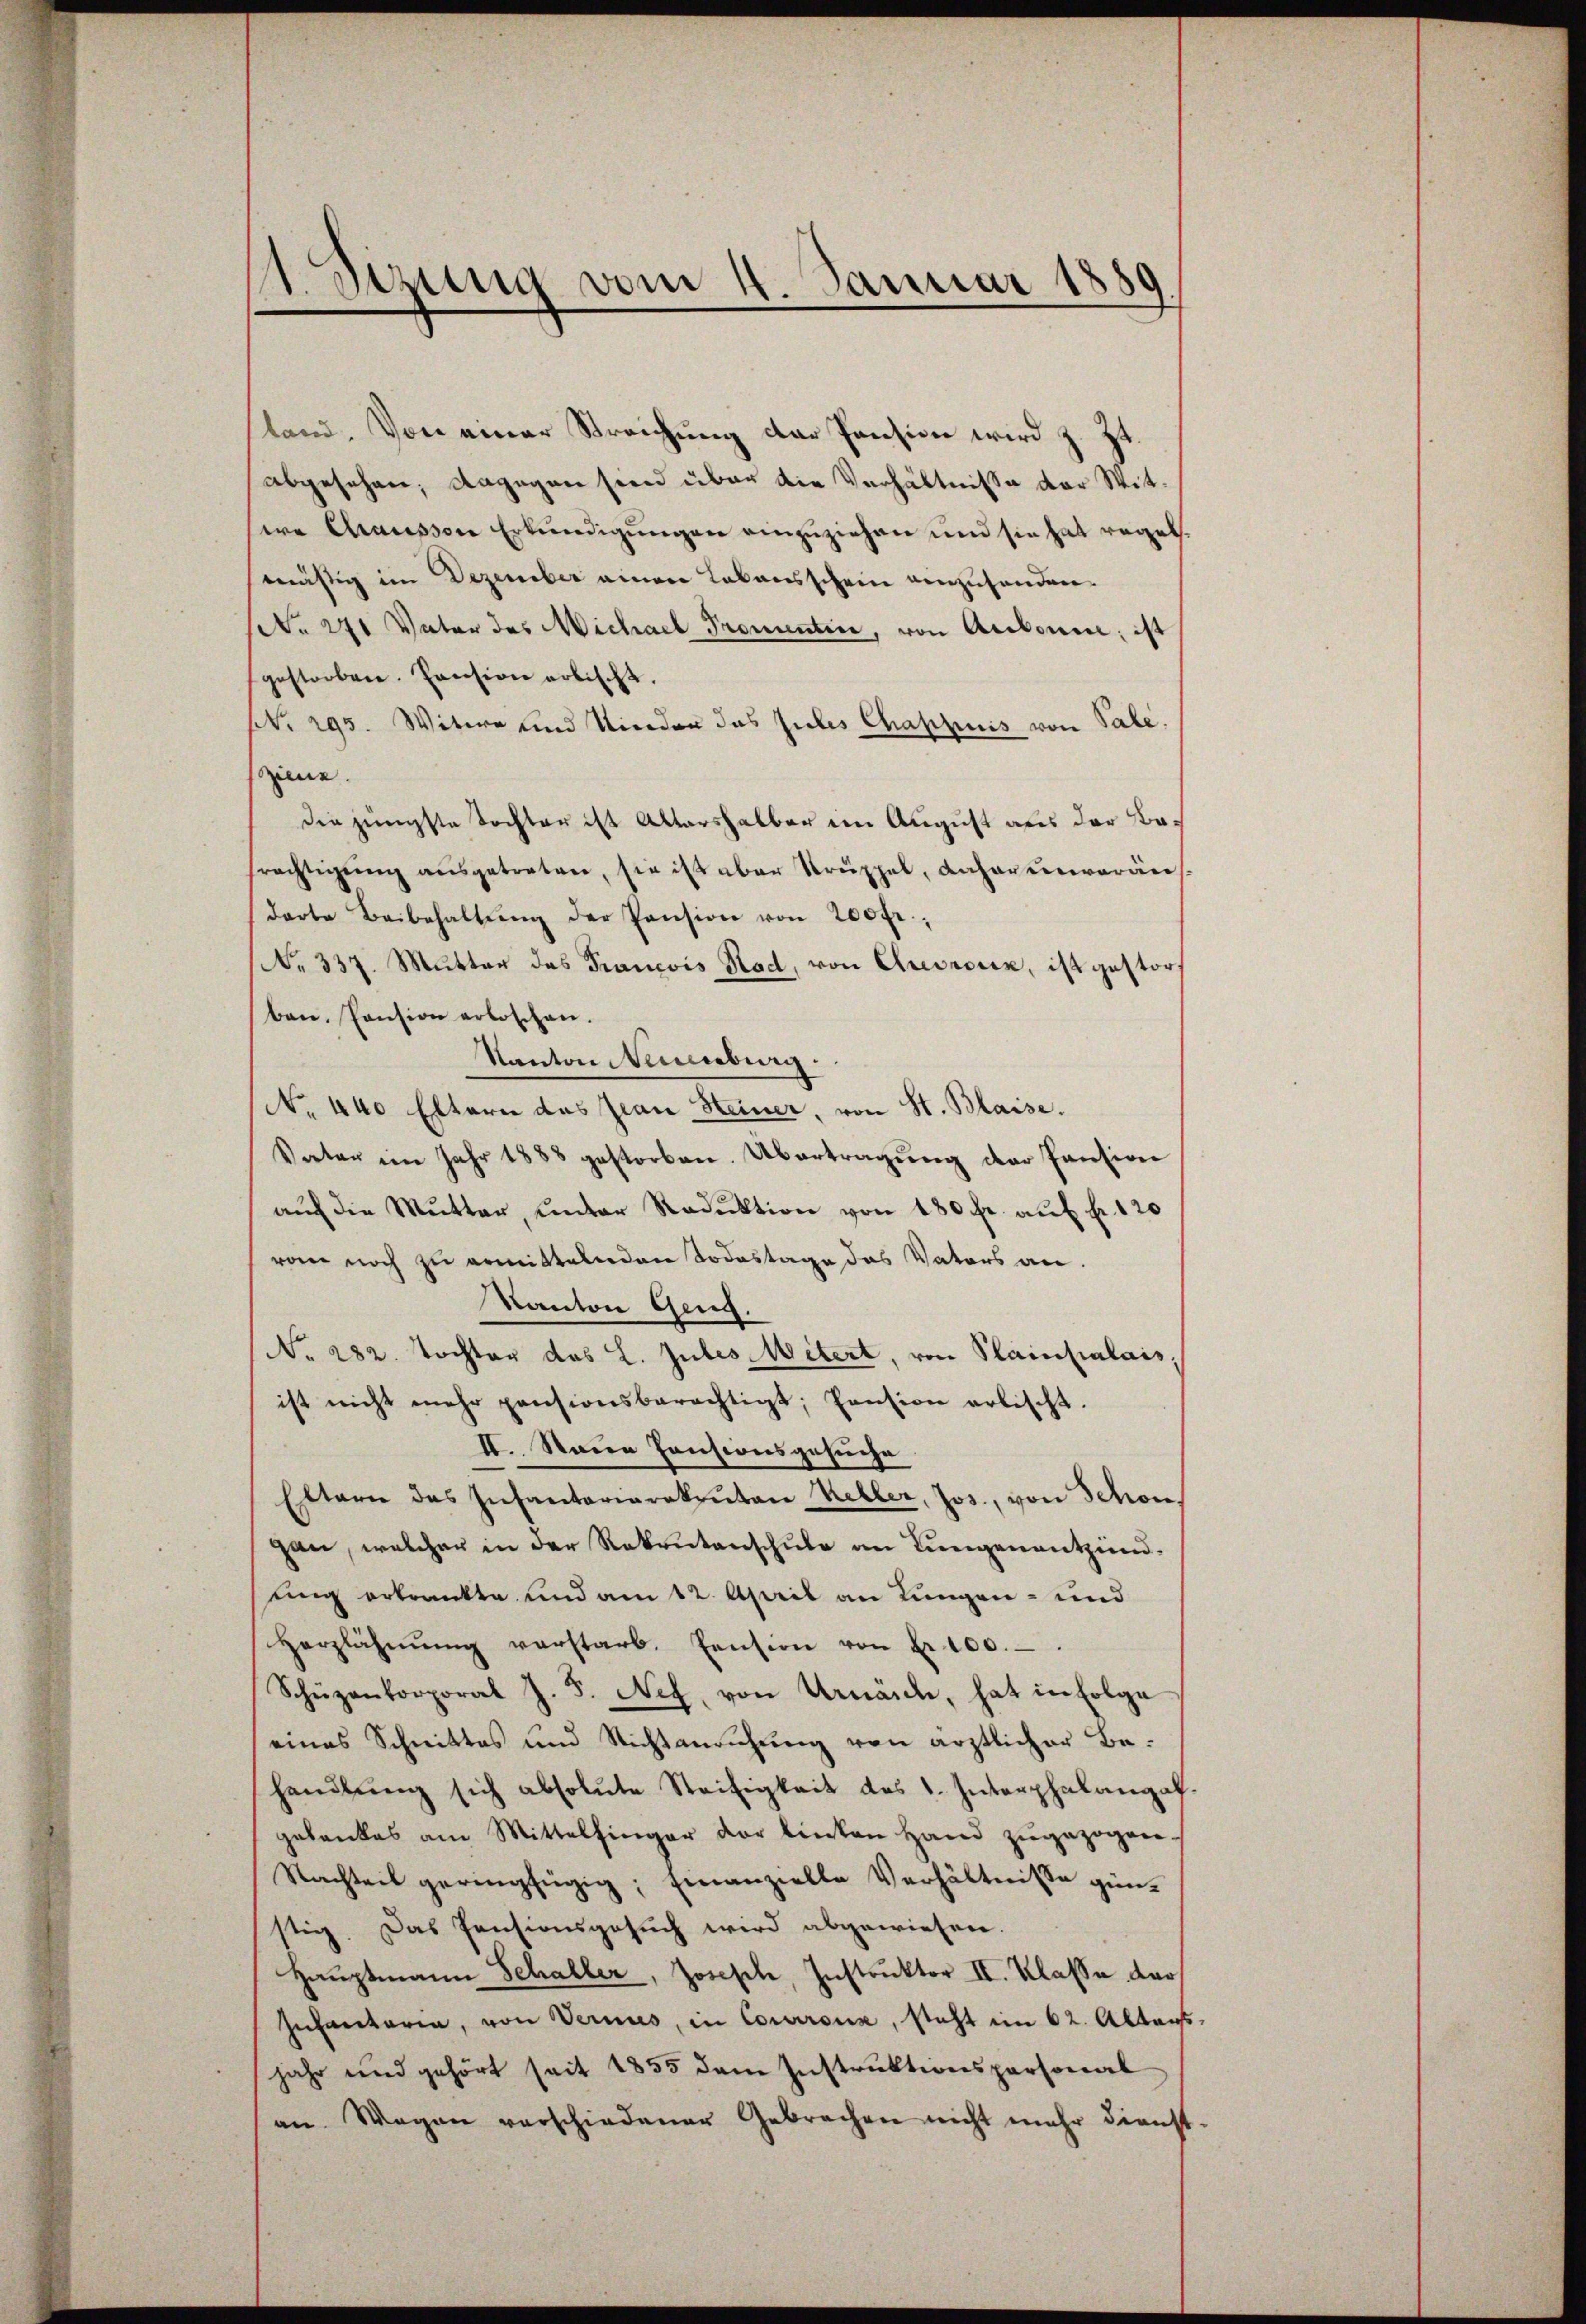
land. Von einer Streichung der Pension wird z. Zt
abgesehen; dagegen sein über die Verhältnisse der Witsere Chrausson Erkundigungen einzuziehen und sie hat regel.
mässig im Dezember einen Lokansschein einzuhanden.
No 271 Vater des Michael Promentin, von Arbonne; ist
gestorben. Pension erbischt.
Nr. 295. Witwe und Nieder das Julis Chappuis von Pale.
iene.
die jüngste Tochter ist Altershalber im August aus der Befrächtigŭng aŭsgetreten, sie ist aber Struppel, daher unveräus
darte Beibehaltŭng der Pension von 200 fr.,
No 337. Mutter das Prancois Rad, von Cresrosen, ist gestor
ben, Pension erloschen.
Kanton Neuenburg.
No. 440 Eltern das Jean Heiner, von St. Blaise.
Vater im Jahr 1888 gestorben. Übertragung der Pension
aŭf die Mutter, unter Reduktion von 180 fr. aŭf fr. 120
von noch zu ermittelnden Todestage das Vaters an.
Kanton Geng.
No. 282. Tochter das L. Gutes Mitert, von Plainpalais,
ist nicht mehr pensionsberechtigt, Pension erbischt.
II. Naue Consionsgesuche
Eltern des Infantariarekruten Keller, Jos., von Schon
gan, welcher in der Rekrutenschule an Lungenentzünd
ung erkrankte und am 12. April an Lungen- und
Herzlähmŭng verstarb. Pension von Fr. 100.
Schüzenkorporat J. F. Nef, von Urnände, hat in Folge
eines Schnittes und Nichtanrŭhŭng von ärztlicher Be-
handlŭng sich absolute Steitigkeit des 1. Interphalangal.
gebankes am Mittelfinger der linken Hand zugezogen-
Nachteil geringfingig; einanzielle Verhältnisse günstig. Das Pensionsgesuch wird abgewiesen.
Haŭptmann Schaller, Josesch, Instruktor II. Klasse dar
Zuhantaria, von Vernus, in Corroux, steht im 62. Altans
jahr und gehört seit 1855 dem Instruktionspersonal
an. Wagen verschiedener Gebrachen nicht mehr dienst

A. eizung vom 4. Januar 1889